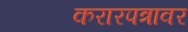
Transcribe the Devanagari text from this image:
करारपत्रावर